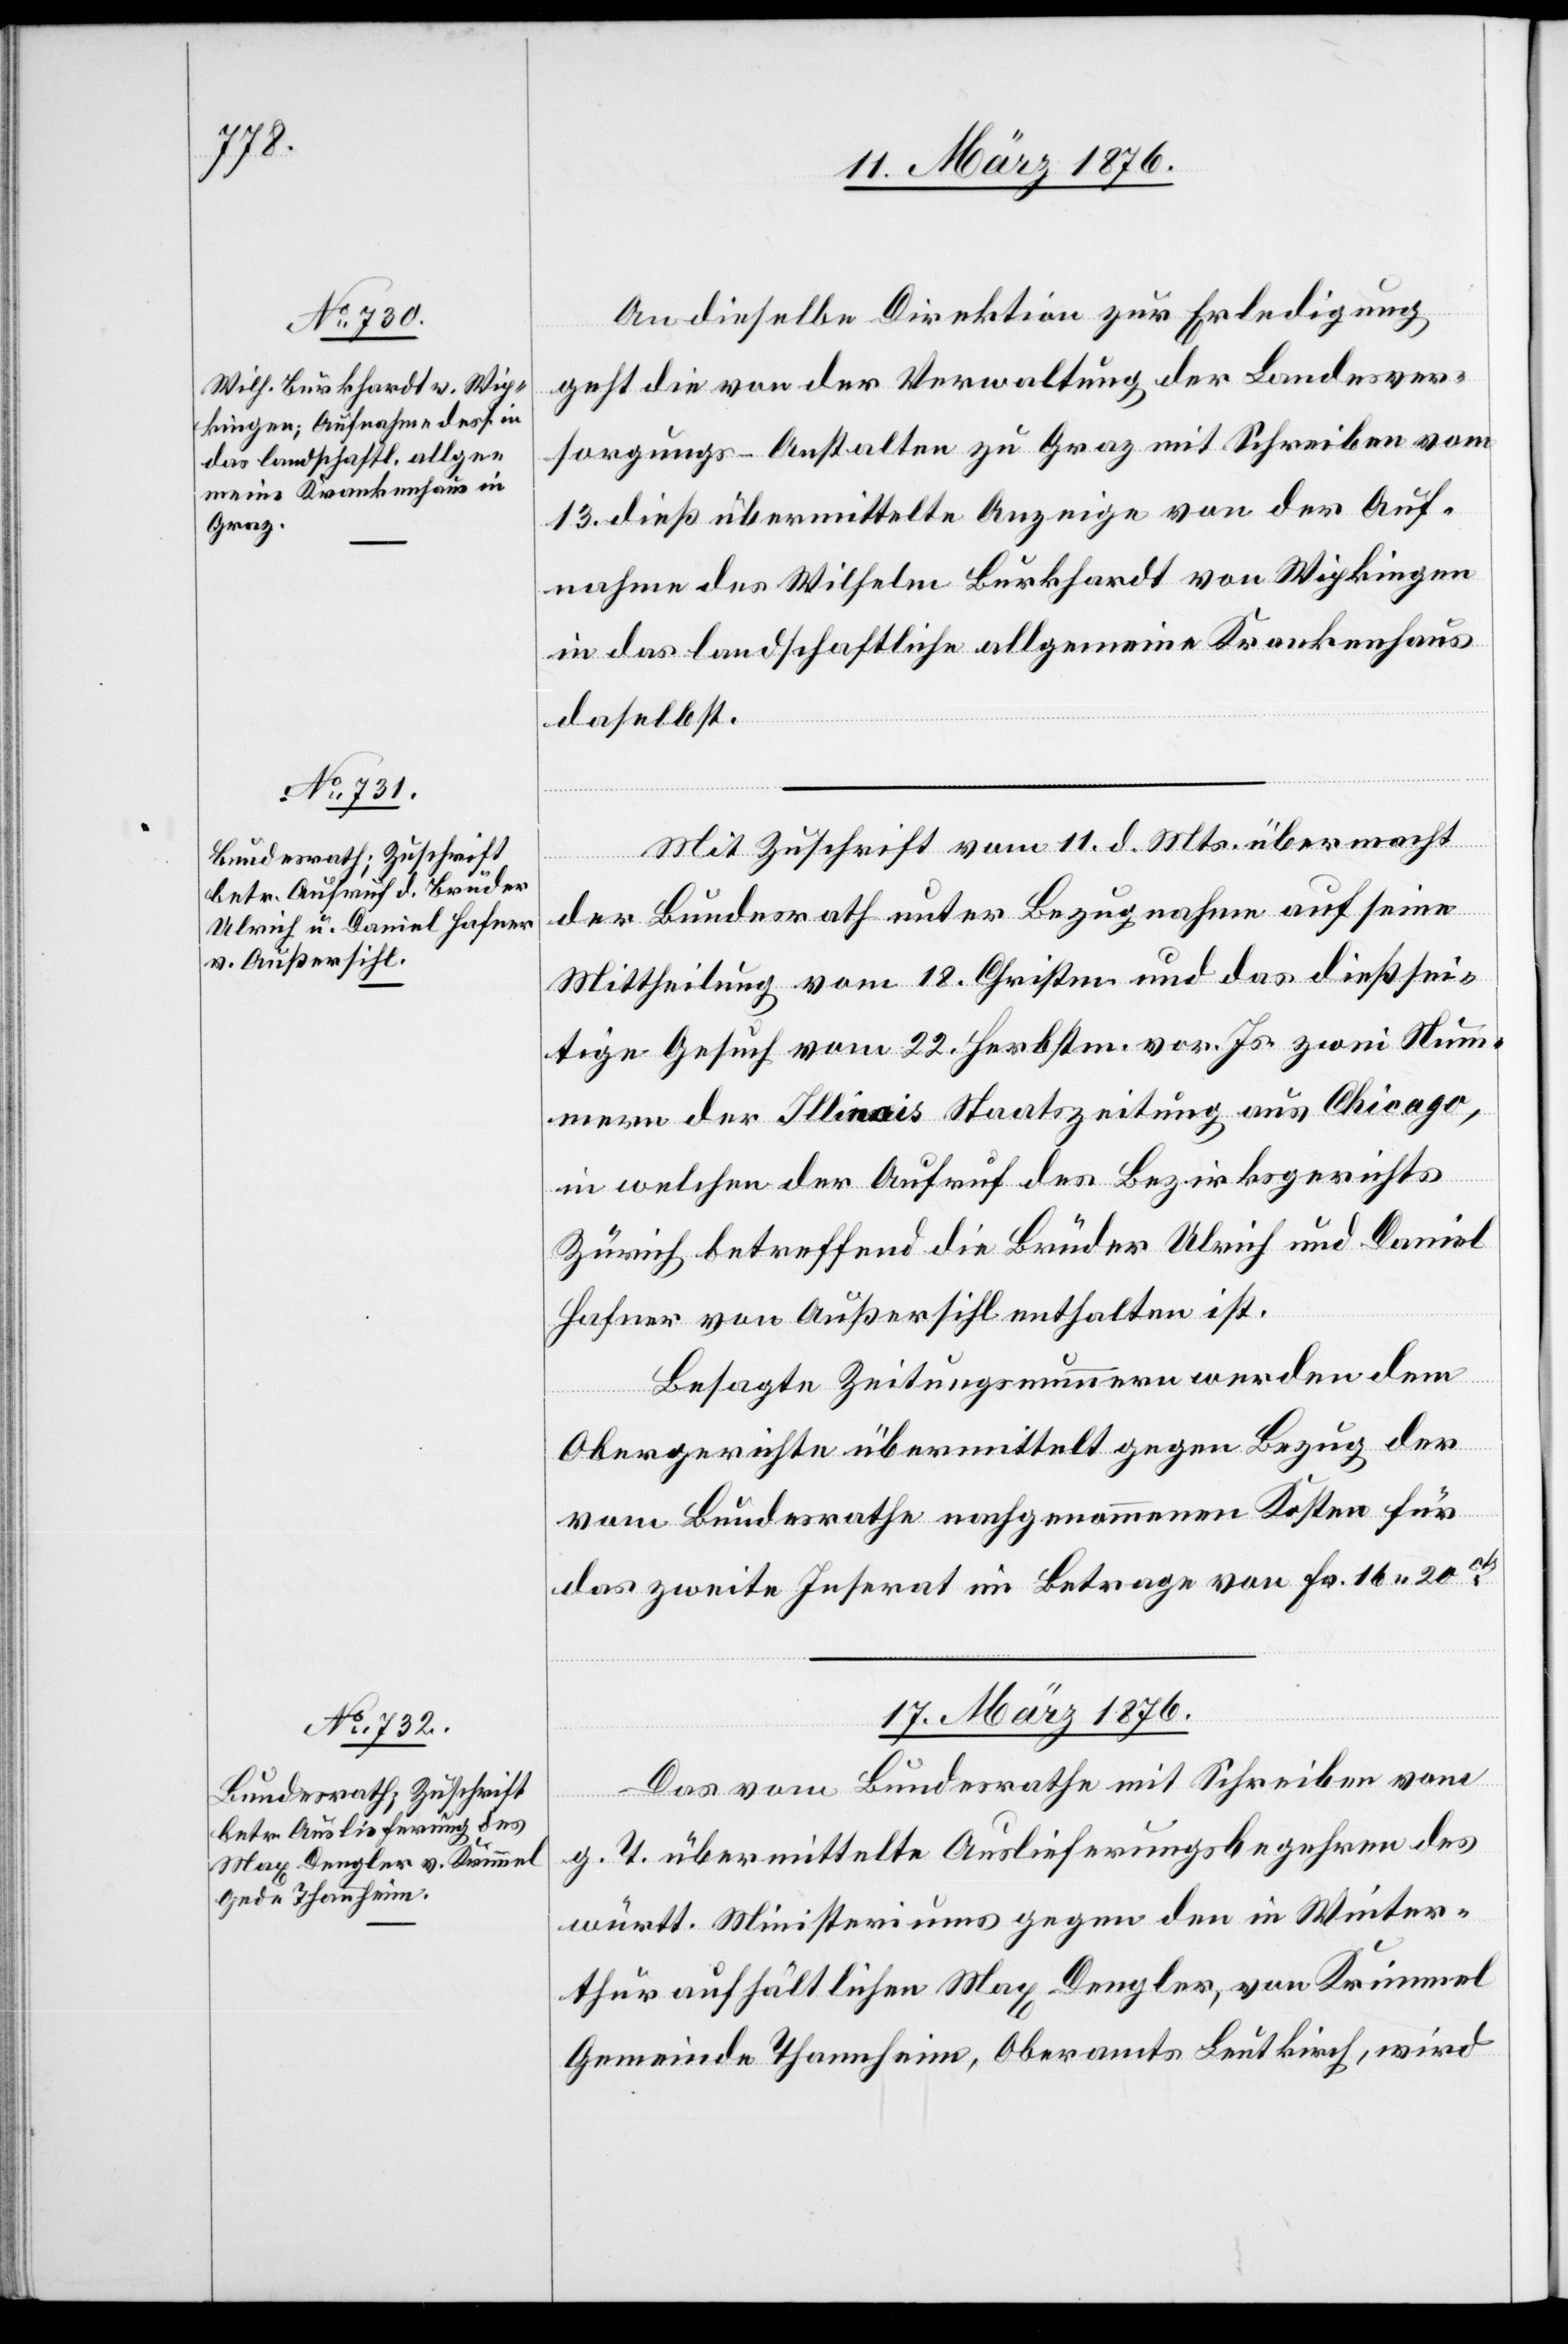
16. März 1876.]
An dieselbe Direktion zur Erledigung
geht die von der Verwaltung der Landesver¬
sorgungs-Anstalten zu Graz mit Schreiben vom
13. dieß übermittelte Anzeige von der Auf¬
nahme des Wilhelm Burkhardt von Wipkingen
in das landschaftliche allgemeine Krankenhaus
daselbst.
Mit Zuschrift vom 11. d. Mts. übermacht
der Bundesrath unter Bezugnahme auf seine
Mittheilung vom 18. Christm. und das dießsei¬
tige Gesuch vom 22. Herbstm. vor. Js. zwei Num¬
mern der Illinois Staatszeitung aus Chicago,
in welchen der Aufruf des Bezirksrathes
Zürich betreffend die Brüder Ulrich und Daniel
Hafner von Außersihl enthalten ist.
Besagte Zeitungsnummern werden dem
Obergerichte übermittelt gegen Bezug der
vom Bundesrathe nachgenommenen Kosten für
das zweite Inserat im Betrage von Fr. 16 20
17. März 1876.
Das vom Bundesrathe mit Schreiben vom
g. T. übermittelte Auslieferungsbegehren des
württ. Ministeriums gegen den in Winter¬
thur aufhältliche Max Dengler, von Krimmel
Gemeinde Thannheim, Oberamts Leutkirch, wird